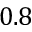
0 . 8